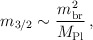
\begin{align*}m_{3/2} \sim \frac{m_{\rm br}^2}{M_{\rm Pl}}\, ,\end{align*}